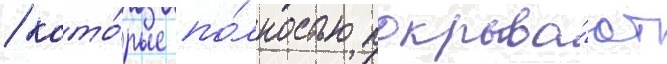
/ кото́рые по́лностью покрыва́ют